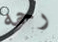
رحمه